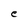
Character: e